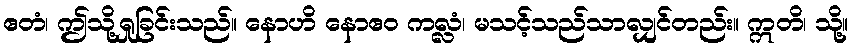
ဧတံ၊ ဤသို့ရှုခြင်းသည်။ နောဟိ နောဧဝ ကလ္လံ၊ မသင့်သည်သာလျှင်တည်း။ ဣတိ၊ သို့။